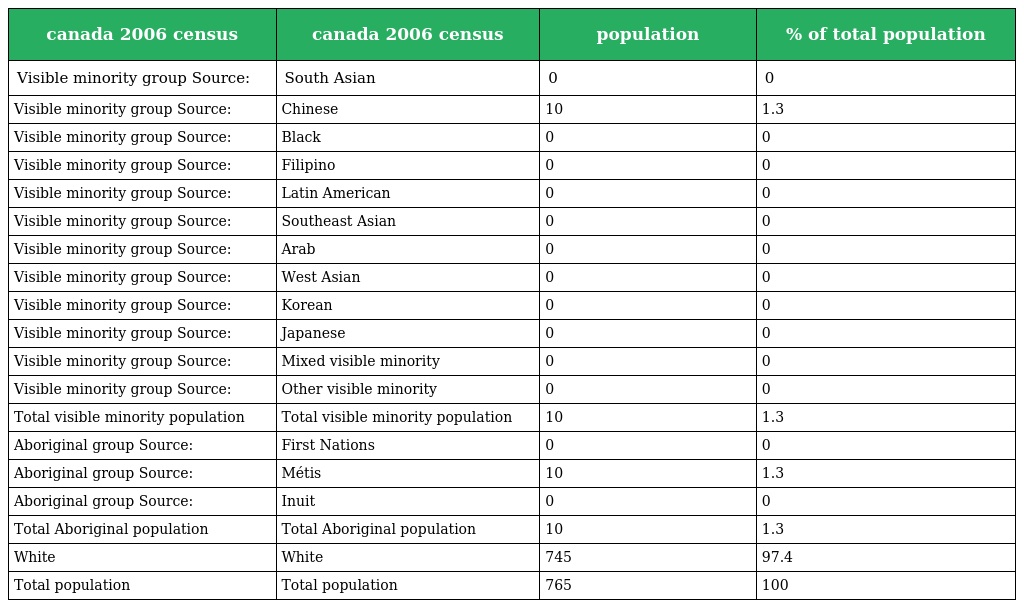
| canada 2006 census | canada 2006 census | population | % of total population |
 | --- | --- | --- | --- |
 | Visible minority group Source: | South Asian | 0 | 0 |
 | Visible minority group Source: | Chinese | 10 | 1.3 |
 | Visible minority group Source: | Black | 0 | 0 |
 | Visible minority group Source: | Filipino | 0 | 0 |
 | Visible minority group Source: | Latin American | 0 | 0 |
 | Visible minority group Source: | Southeast Asian | 0 | 0 |
 | Visible minority group Source: | Arab | 0 | 0 |
 | Visible minority group Source: | West Asian | 0 | 0 |
 | Visible minority group Source: | Korean | 0 | 0 |
 | Visible minority group Source: | Japanese | 0 | 0 |
 | Visible minority group Source: | Mixed visible minority | 0 | 0 |
 | Visible minority group Source: | Other visible minority | 0 | 0 |
 | Total visible minority population | Total visible minority population | 10 | 1.3 |
 | Aboriginal group Source: | First Nations | 0 | 0 |
 | Aboriginal group Source: | Métis | 10 | 1.3 |
 | Aboriginal group Source: | Inuit | 0 | 0 |
 | Total Aboriginal population | Total Aboriginal population | 10 | 1.3 |
 | White | White | 745 | 97.4 |
 | Total population | Total population | 765 | 100 |